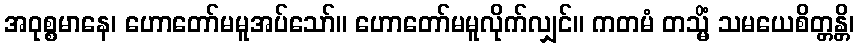
အဝုစ္စမာနေ၊ ဟောတော်မမူအပ်သော်။ ဟောတော်မမူလိုက်လျှင်။ ကတမံ တသ္မိံ သမယေစိတ္တန္တိ၊